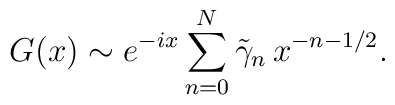
G(x)\sim e^{-i x}\sum _{n=0}^{N}\tilde\gamma_n\, x^{-n-1/2}.